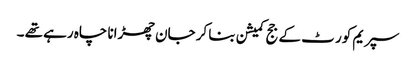
سپریم کور ٹ کے جج کمیشن بنا کر جان چھڑانا چاہ رہے تھے ۔